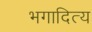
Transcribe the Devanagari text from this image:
भगादित्य